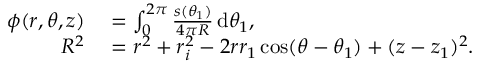
\begin{array} { r l } { \phi ( r , \theta , z ) } & { { } = \int _ { 0 } ^ { 2 \pi } \frac { s ( \theta _ { 1 } ) } { 4 \pi R } \, \mathrm { d } \theta _ { 1 } , } \\ { R ^ { 2 } } & { { } = r ^ { 2 } + r _ { i } ^ { 2 } - 2 r r _ { 1 } \cos ( \theta - \theta _ { 1 } ) + ( z - z _ { 1 } ) ^ { 2 } . } \end{array}